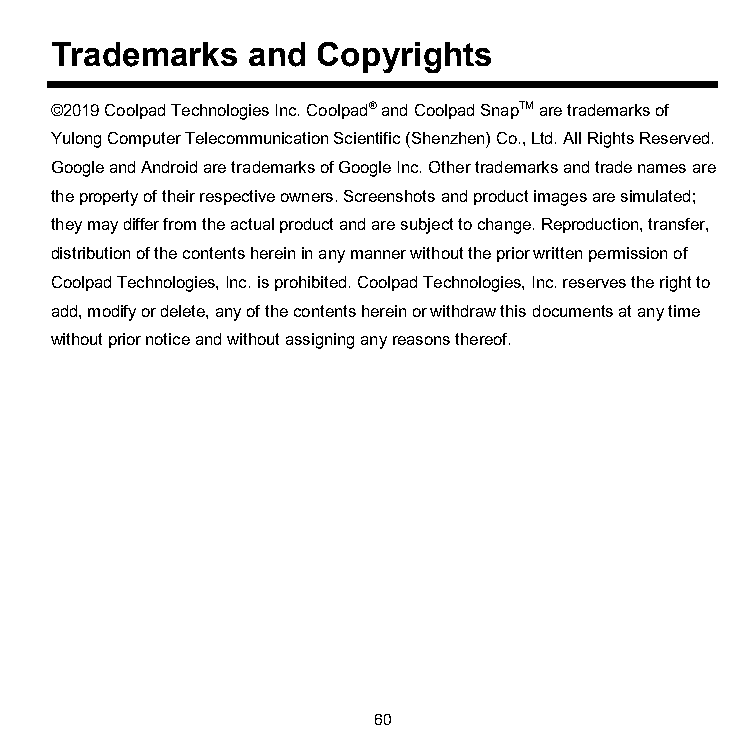
Trademarks   and  Copyrights
 ©2019 Coolpad Technologies Inc. Coolpad® and Coolpad SnapTM are trademarks of
 Yulong Computer Telecommunication Scientific (Shenzhen) Co., Ltd. All Rights Reserved.
 Google and Android are trademarks of Google Inc. Other trademarks and trade names are
 the property of their respective owners. Screenshots and product images are simulated;
 they may differ from the actual product and are subject to change. Reproduction, transfer,
 distribution of the contents herein in any manner without the prior written permission of
 Coolpad Technologies, Inc. is prohibited. Coolpad Technologies, Inc. reserves the right to
 add, modify or delete, any of the contents herein or withdraw this documents at any time
 without prior notice and without assigning any reasons thereof.
 60